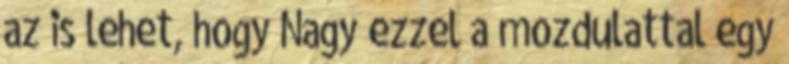
az is lehet, hogy Nagy ezzel a mozdulattal egy